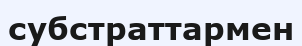
субстраттармен